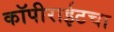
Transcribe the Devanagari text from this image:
कॉपीराईटचा